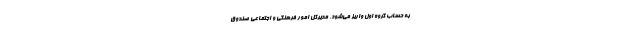
به حساب گروه اول واریز می‌شود. مدیرکل امور فرهنگی و اجتماعی صندوق